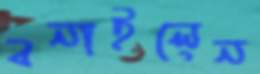
বনাইলেন